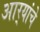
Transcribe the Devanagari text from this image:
आर्‍यांचे